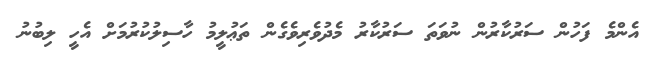
އެންމެ ފަހުން ސަރުކާރުން ނުވަތަ ސަރުކާރު މެދުވެރިވެގެން ތަޢުލީމު ހާސިލުކުރުމަށް އެހީ ލިބުނު